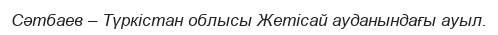
Сәтбаев – Түркістан облысы Жетісай ауданындағы ауыл.